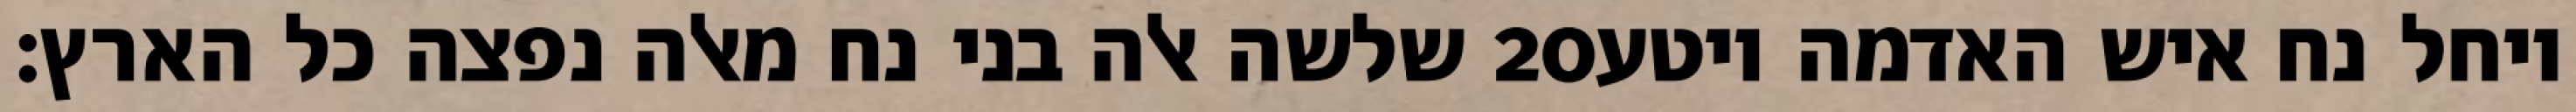
שלשה אלה בני נח מאלה נפצה כל הארץ׃ ‎20‏ ויחל נח איש האדמה ויטע